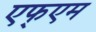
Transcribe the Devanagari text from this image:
एफ्एम